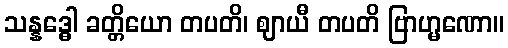
သန္နဒ္ဓေါ ခတ္တိယော တပတိ၊ ဈာယီ တပတိ ဗြာဟ္မဏော။